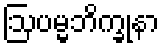
ဩပမ္မဘိက္ခုနာ